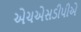
એચએસડીપીએ